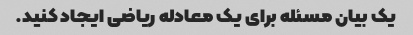
یک بیان مسئله برای یک معادله ریاضی ایجاد کنید.